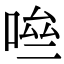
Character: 𠴧